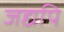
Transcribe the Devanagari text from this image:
जद्यपि